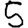
Digit: 5